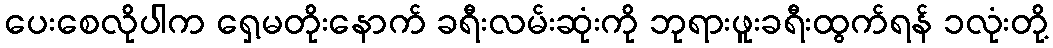
ပေးစေလိုပါက ရှေ့မတိုးနောက် ခရီးလမ်းဆုံးကို ဘုရားဖူးခရီးထွက်ရန် ၁လုံးတို့